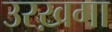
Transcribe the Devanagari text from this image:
उरख़गा